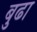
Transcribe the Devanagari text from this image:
बुढा